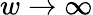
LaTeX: w\rightarrow\infty